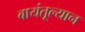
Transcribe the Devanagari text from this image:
बायंतूल्यान